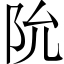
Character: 阭